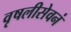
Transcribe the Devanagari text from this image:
वृषलीसेवनं